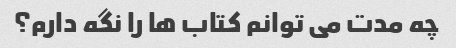
چه مدت می توانم کتاب ها را نگه دارم؟